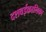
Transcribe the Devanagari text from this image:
दशवईकालिका